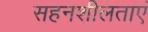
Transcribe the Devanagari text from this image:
सहनशीलताएं